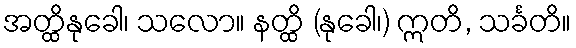
အတ္ထိနုခေါ၊ သလော။ နတ္ထိ (နုခေါ၊) ဣတိ, သင်္ခတိ။